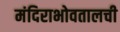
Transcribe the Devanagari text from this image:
मंदिराभोवतालची